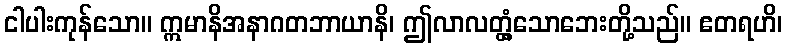
ငါပါးကုန်သော။ ဣမာနိအနာဂတဘာယာနိ၊ ဤလာလတ္တံ့သောဘေးတို့သည်။ ဧတရဟိ၊